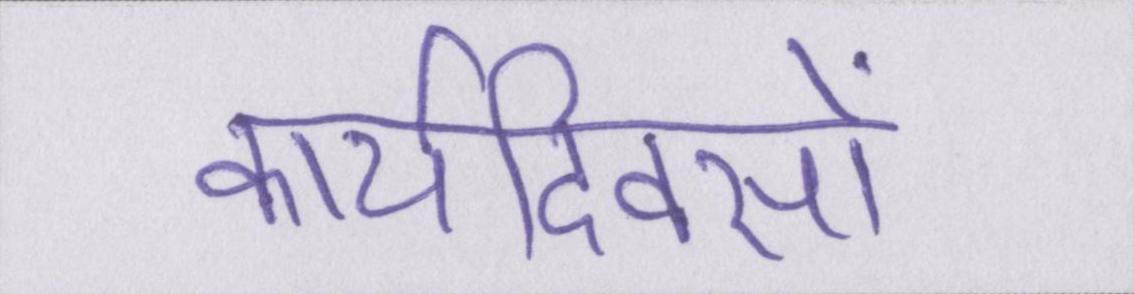
कार्यदिवसों